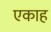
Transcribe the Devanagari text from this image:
एकाह